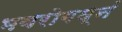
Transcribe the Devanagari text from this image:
भवरोगघ्नं